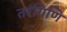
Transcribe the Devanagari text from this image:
तरंगिणि